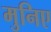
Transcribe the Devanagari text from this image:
मुनिए